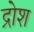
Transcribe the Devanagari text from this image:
द्रोश